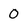
Character: 0